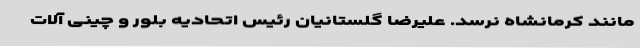
مانند کرمانشاه نرسد. علیرضا گلستانیان رئیس اتحادیه بلور و چینی آلات